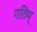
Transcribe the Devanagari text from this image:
गतिम्